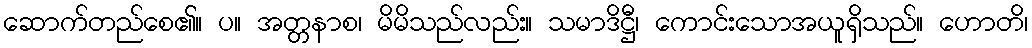
ဆောက်တည်စေ၏။ ပ။ အတ္တနာစ၊ မိမိသည်လည်း။ သမာဒိဋ္ဌီ၊ ကောင်းသောအယူရှိသည်။ ဟောတိ၊